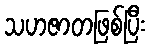
သဟဇာတဖြစ်ပြီး